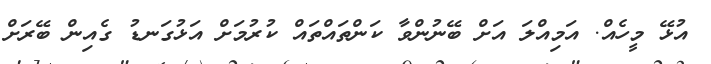
އުޅޭ މީހެއް. އަމިއްލަ އަށް ބޭނުންވާ ކަންތައްތައް ކުރުމަށް އަޅުގަނޑު ގެއިން ބޭރަށް